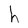
Character: h